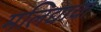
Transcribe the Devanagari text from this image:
मलिद्याचा